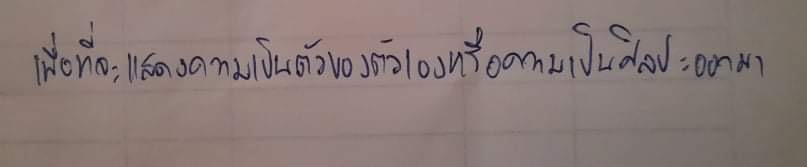
เพื่อที่จะแสดงความเป็นตัวของตัวเองหรือความเป็นศิลปะออกมา